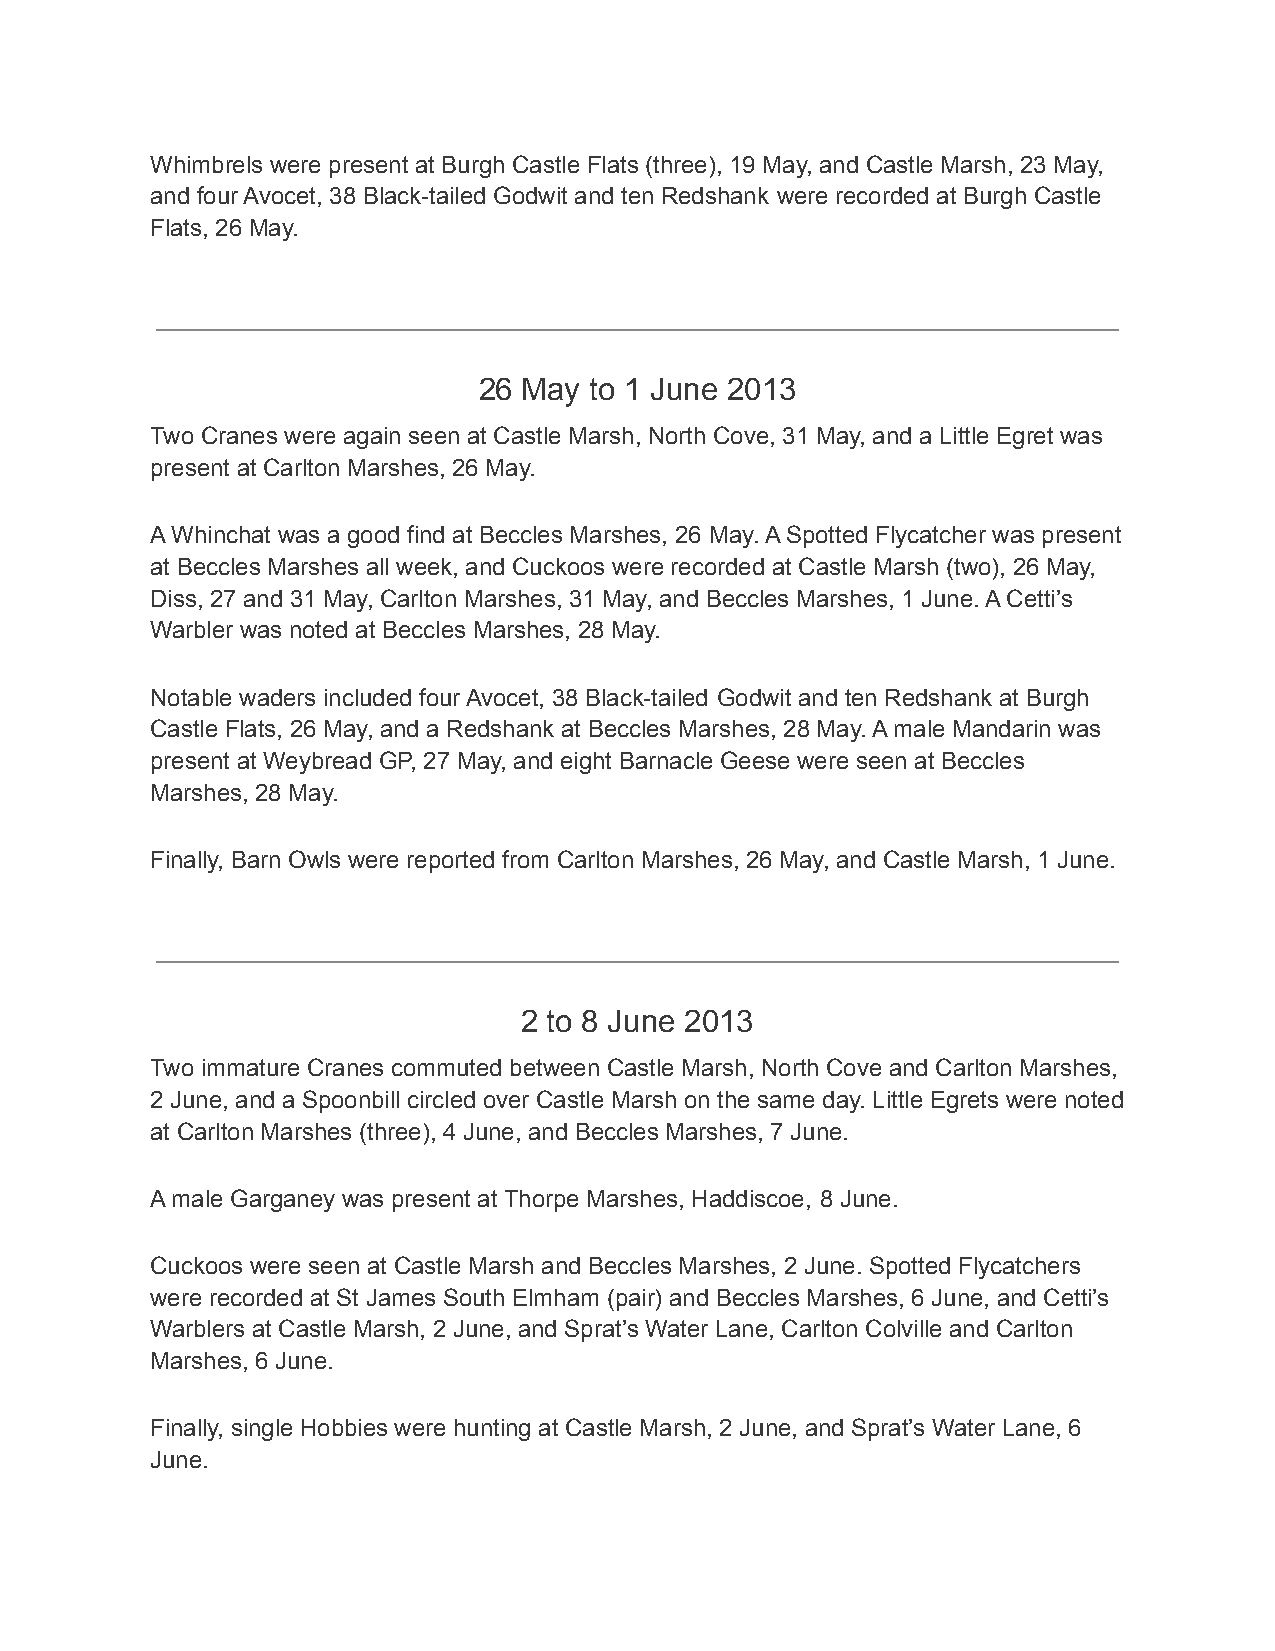
Whimbrels were present at Burgh Castle Flats (three), 19 May, and Castle Marsh, 23 May,
 and four Avocet, 38 Black-tailed Godwit and ten Redshank were recorded at Burgh Castle
 Flats, 26 May.
 26 May to 1 June 2013
 Two Cranes were again seen at Castle Marsh, North Cove, 31 May, and a Little Egret was
 present at Carlton Marshes, 26 May.
 A Whinchat was a good find at Beccles Marshes, 26 May. A Spotted Flycatcher was present
 at Beccles Marshes all week, and Cuckoos were recorded at Castle Marsh (two), 26 May,
 Diss, 27 and 31 May, Carlton Marshes, 31 May, and Beccles Marshes, 1 June. A Cetti’s
 Warbler was noted at Beccles Marshes, 28 May.
 Notable waders included four Avocet, 38 Black-tailed Godwit and ten Redshank at Burgh
 Castle Flats, 26 May, and a Redshank at Beccles Marshes, 28 May. A male Mandarin was
 present at Weybread GP, 27 May, and eight Barnacle Geese were seen at Beccles
 Marshes, 28 May.
 Finally, Barn Owls were reported from Carlton Marshes, 26 May, and Castle Marsh, 1 June.
 2 to 8 June 2013
 Two immature Cranes commuted between Castle Marsh, North Cove and Carlton Marshes,
 2 June, and a Spoonbill circled over Castle Marsh on the same day. Little Egrets were noted
 at Carlton Marshes (three), 4 June, and Beccles Marshes, 7 June.
 A male Garganey was present at Thorpe Marshes, Haddiscoe, 8 June.
 Cuckoos were seen at Castle Marsh and Beccles Marshes, 2 June. Spotted Flycatchers
 were recorded at St James South Elmham (pair) and Beccles Marshes, 6 June, and Cetti’s
 Warblers at Castle Marsh, 2 June, and Sprat’s Water Lane, Carlton Colville and Carlton
 Marshes, 6 June.
 Finally, single Hobbies were hunting at Castle Marsh, 2 June, and Sprat’s Water Lane, 6
 June.